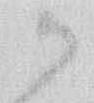
御